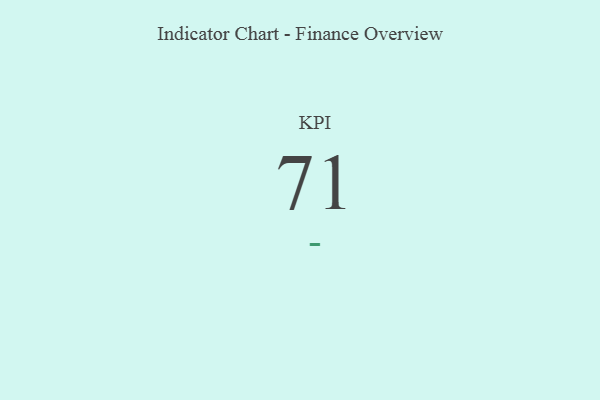
{"axis": {"x": "KPI", "y": "Value"}, "legend": [""], "data": [{"x": "KPI", "y": 71, "type": ""}]}